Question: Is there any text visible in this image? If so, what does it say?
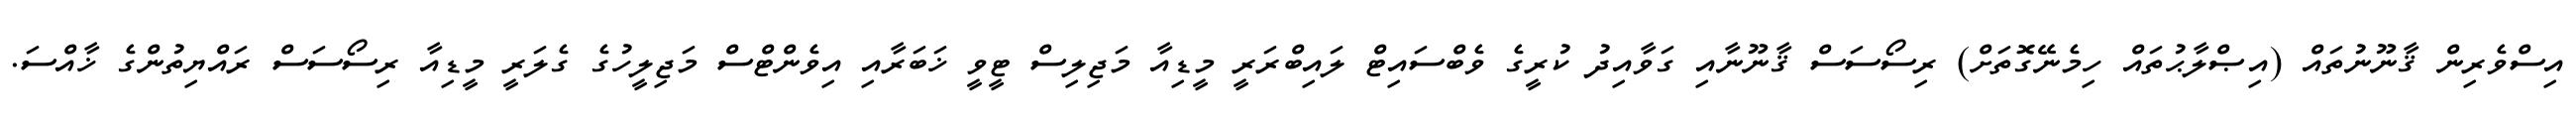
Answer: އިސްވެރިން ޤާނޫނުތައް (އިޞްލާޙުތައް ހިމެނޭގޮތަށް) ރިސޯސަސް ޤާނޫނާއި ގަވާއިދު ކުރީގެ ވެބްސައިޓް ލައިބްރަރީ މީޑިއާ މަޖިލިސް ޓީވީ ޚަބަރާއި އިވެންޓްސް މަޖިލީހުގެ ގެލަރީ މީޑިއާ ރިސޯސަސް ރައްޔިތުންގެ ޚާއްސަ.